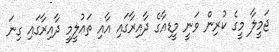
ޖަމީލާ މީގެ ކުރިން ވަނީ މީޑިއާގެ ދާއިރާގައި އާއި ތައުލީމީ ދާއިރާގައި ގިނަ